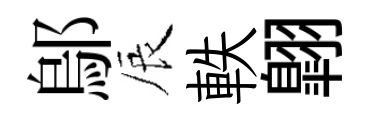
鄔辰軼翺